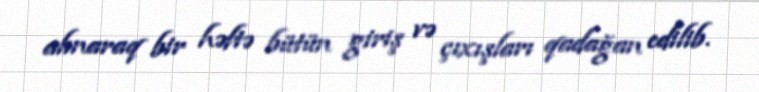
alınaraq bir həftə bütün giriş və çıxışları qadağan edilib.